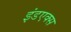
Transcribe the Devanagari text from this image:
इंडएक्स